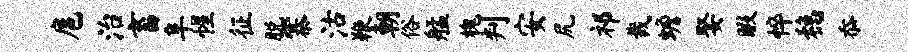
扈治畜阜惺征脱寨沽鞭朝俗艋槐判安尻祁裁蟾娶暇悴稳忝